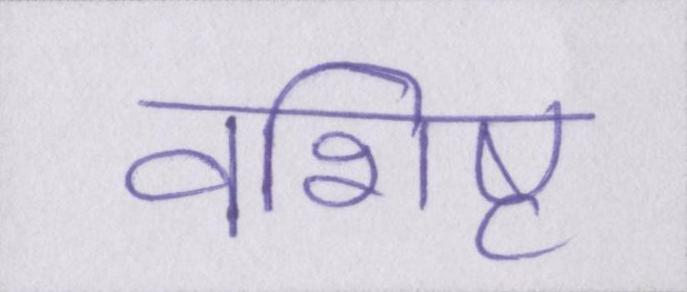
वशिष्ट